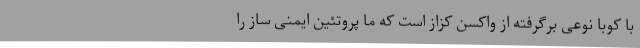
با کوبا نوعی برگرفته از واکسن کزاز است که ما پروتئین ایمنی ساز را